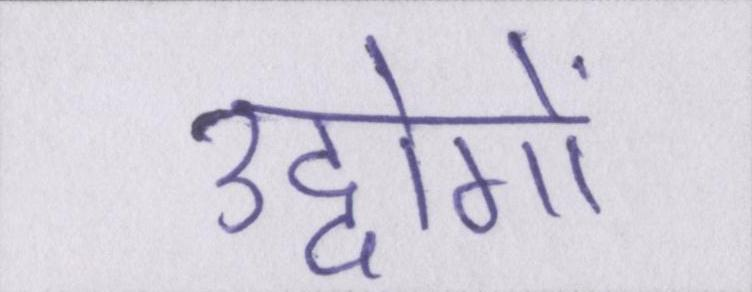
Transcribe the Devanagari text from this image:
उद्दोगों